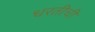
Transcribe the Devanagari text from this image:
धरतीची